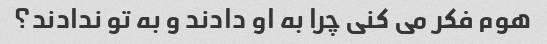
هوم فکر می کنی چرا به او دادند و به تو ندادند؟